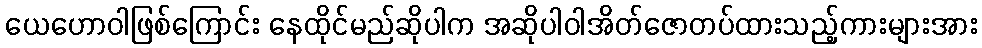
ယေဟောဝါဖြစ်ကြောင်း နေထိုင်မည်ဆိုပါက အဆိုပါဝါအိတ်ဇောတပ်ထားသည့်ကားများအား